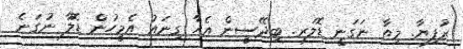
ރުފިޔާ. މިތާ ނަގަނީ ޑޮލަރ. ބިދޭސީން އެހާ ގިނައު އެމީހުން ޑޮލާ ނުގަނެ